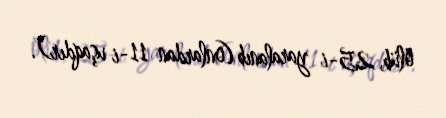
ölüb, 25-i yaralanıb (onlardan 11-i uşaqdır).